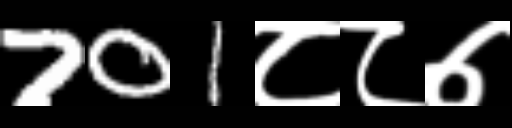
Text: 701८८७